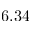
6 . 3 4